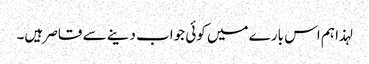
لہذا ہم اس بارے میں کوئی جواب دینے سے قاصر ہیں۔